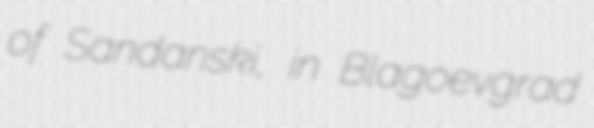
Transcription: of Sandanski, in Blagoevgrad